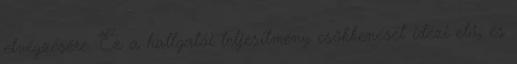
elvégzésére. Ez a hallgatói teljesítmény csökkenését idézi elő, és